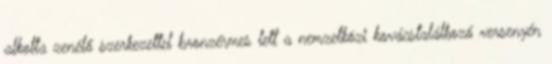
alkotta zenélő szerkezettel bronzérmes lett a nemzetközi kovácstalálkozó versenyén